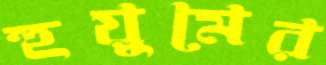
হুড়ুমের